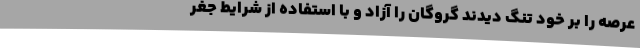
عرصه را بر خود تنگ دیدند گروگان را آزاد و با استفاده از شرایط جغر